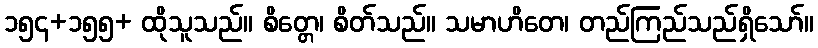
၁၅၄+၁၅၅+ ထိုသူသည်။ စိတ္တေ၊ စိတ်သည်။ သမာဟိတေ၊ တည်ကြည်သည်ရှိသော်။